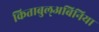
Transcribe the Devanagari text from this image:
किताबुल्अबिनिया